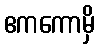
ဧကကောမှိ